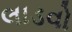
લાડવો